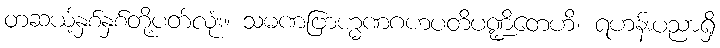
တဆယ့်နှစ်နှစ်တို့ပတ်လုံး။ သမဏဗြာဟ္မဏဂဟပတိပဏ္ဍိတေဟိ၊ ရဟန်းပညာရှိ